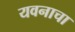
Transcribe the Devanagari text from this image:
यवनाचा